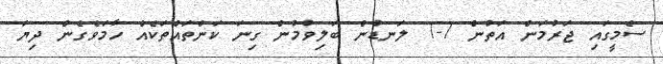
ސެމީގައި ޖަރުމަން އަތުން 7-1 ލަނޑުން ބަލިވުމުން ގިނަ ކަންތައްތަކެއް ހާމަވެގެން ދިޔަ